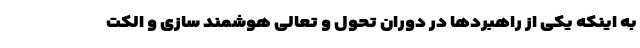
به اینکه یکی از راهبردها در دوران تحول و تعالی هوشمند سازی و الکت